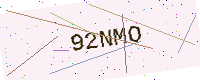
Text: 92NMO